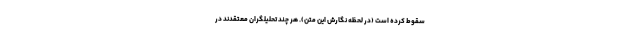
سقوط کرده است (در لحظه نگارش این متن). هر چند تحلیلگران معتقدند در